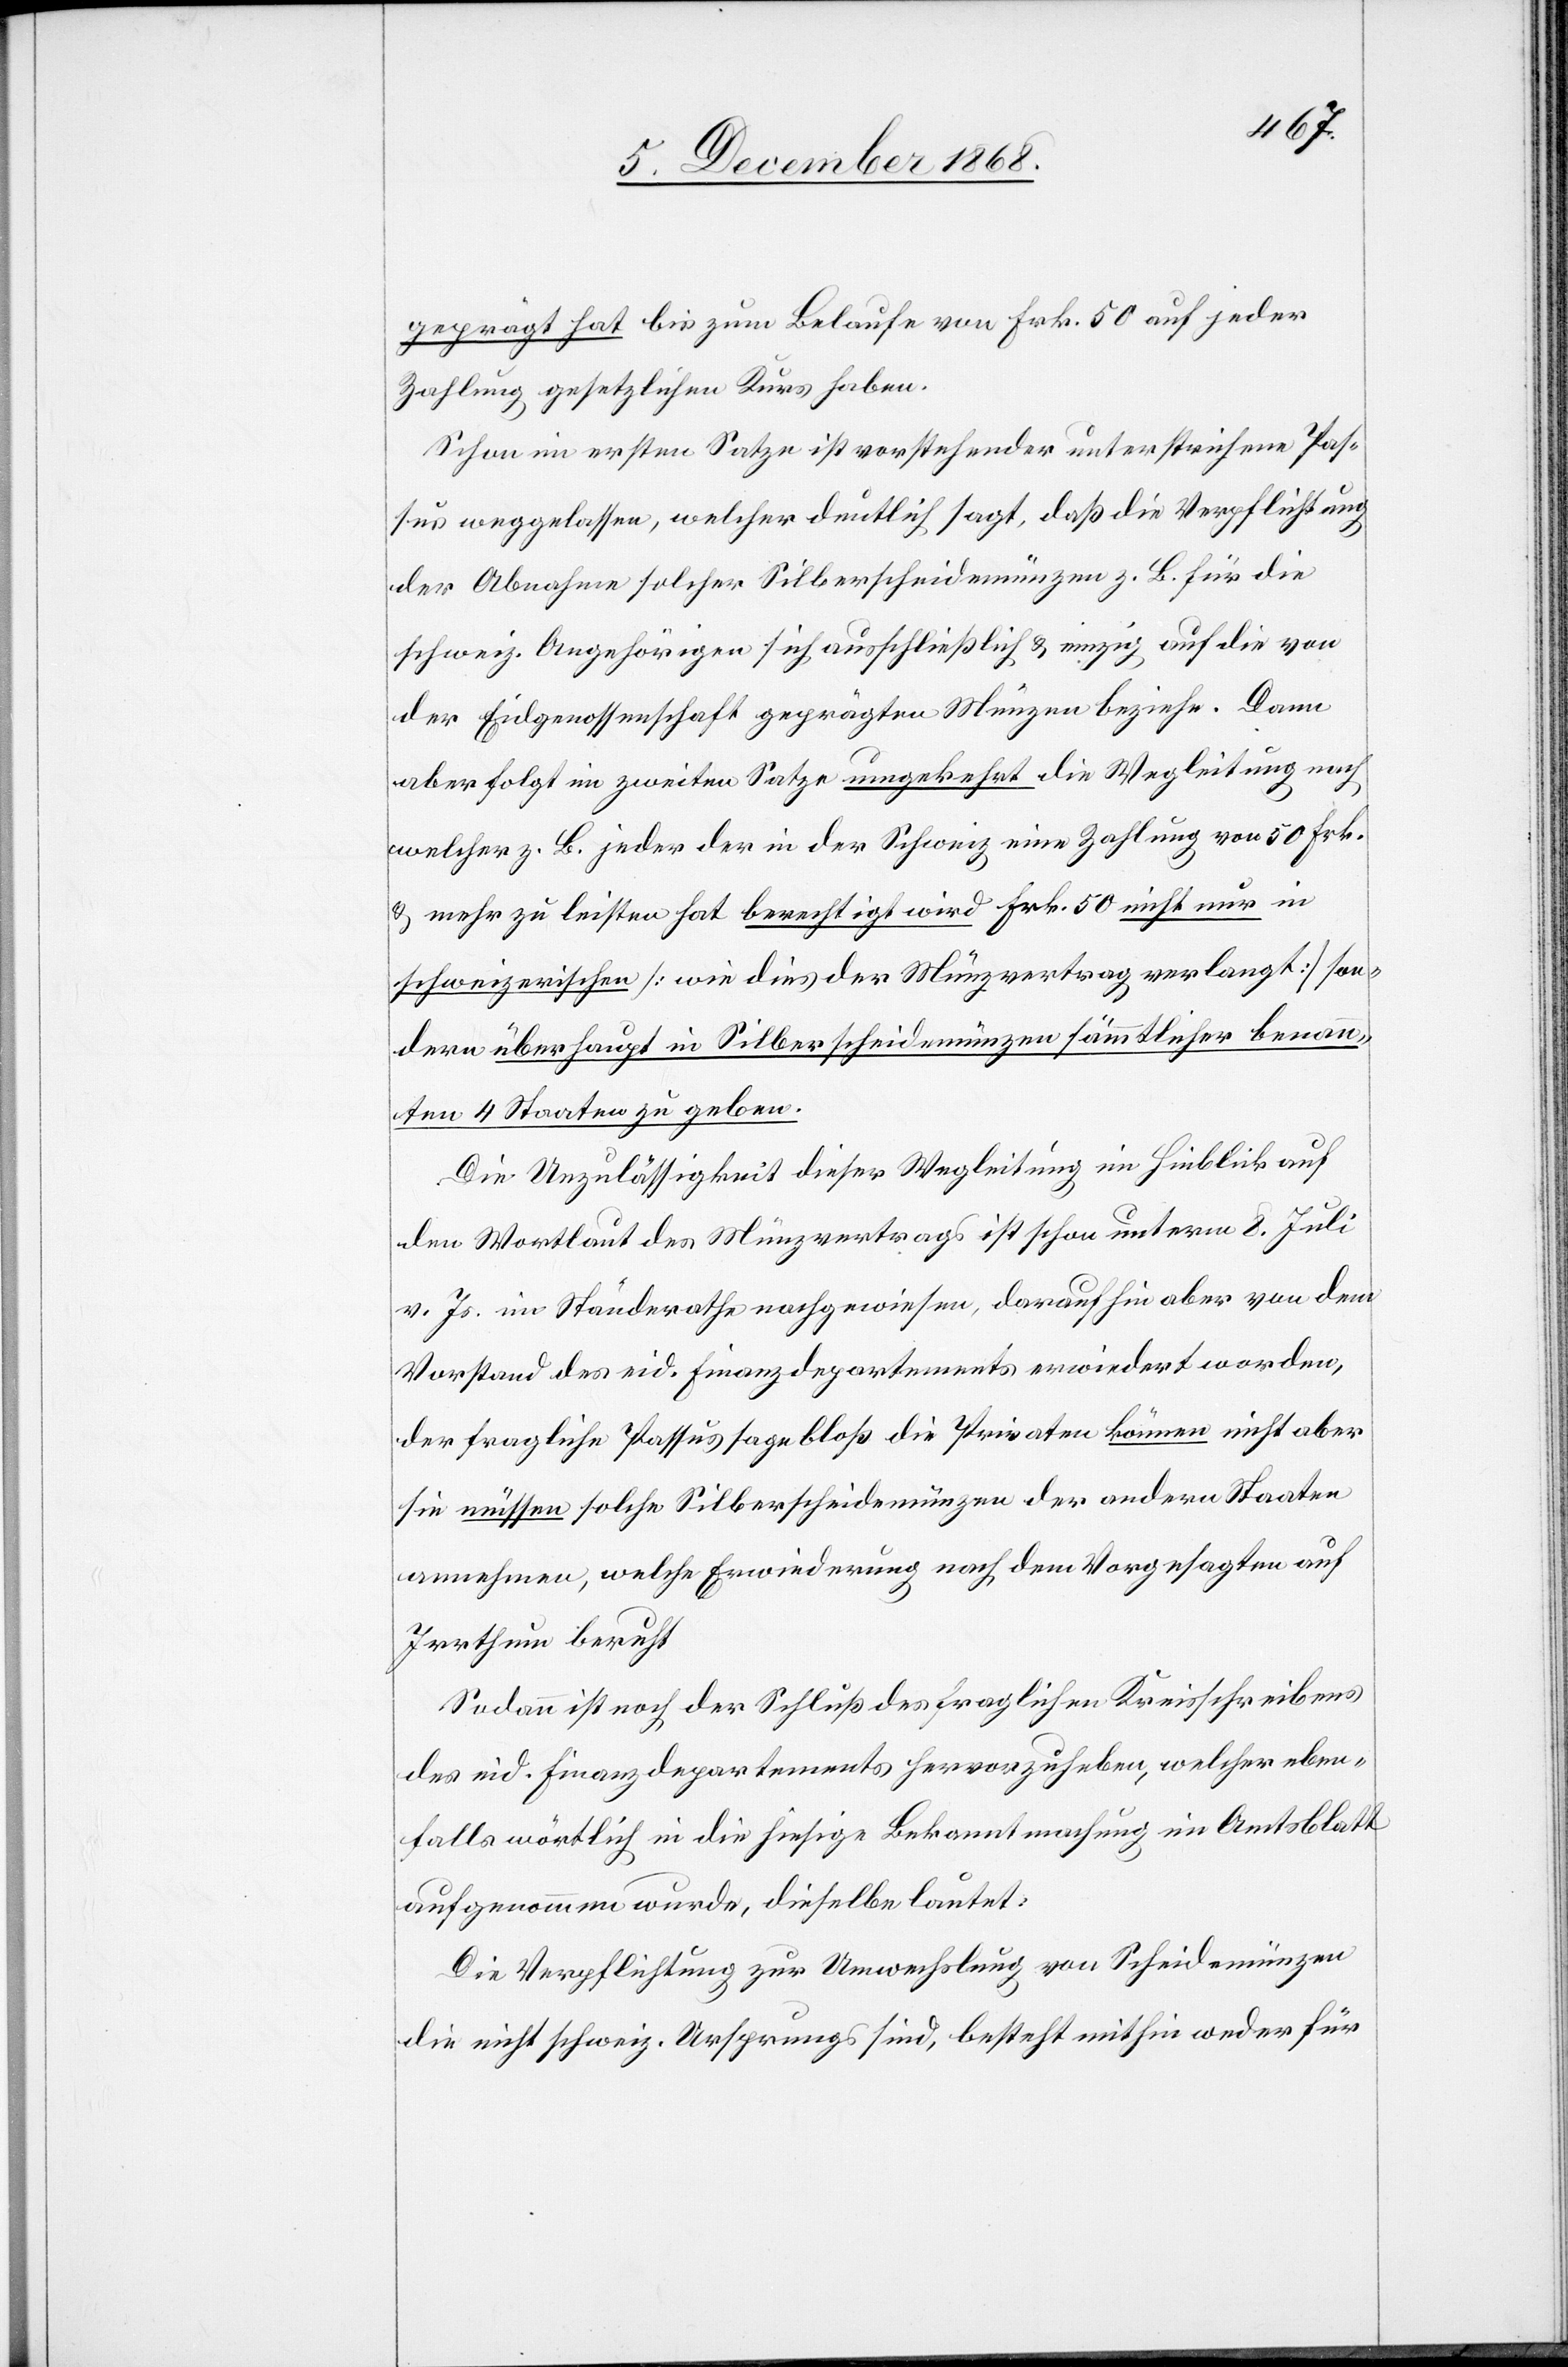
geprägt hat bis zum Belaufe von Frk. 50 auf jeder
Zahlung gesetzlichen Kurs haben.
Schon im ersten Satze ist vorstehender unterstrichene Pas¬
sus weggelassen, welcher deutlich sagt, daß die Verpflichtung
der Abnahme solcher Silberscheidemünzen z. B. für die
schweiz. Angehörigen sich ausschließlich & einzig auf die von
der Eidgenossenschaft geprägten Münzen beziehe. Dann
aber folgt im zweiten Satze umgekehrt die Wegleitung nach
welcher z. B. jeder der in der Schweiz eine Zahlung von 50 Frk.
& mehr zu leisten hat berechtigt wird Frk. 50 nicht nur in
schweizerischen [wie dies der Münzvertrag verlangt] son¬
dern überhaupt in Silberscheidemünzen sämmtlicher benann¬
ten 4 Staaten zu geben.
Die Unzulässigkeit dieser Wegleitung im Hinblick auf
den Wortlaut des Münzvertrags ist schon unterm 8. Juli
v. Js. im Ständerathe nachgewiesen, daraufhin aber von dem
Vorstand des eid. Finanzdepartements erwiedert worden,
der fragliche Passus sage bloß die Privaten können nicht aber
sie müssen solche Silberscheidemünzen der andern Staaten
annehmen, welche Erwiederung nach dem Vorgesagten auf
Irrthum beruht
Sodann ist noch der Schluß des fraglichen Kreisschreibens
des eid. Finanzdepartements hervorzuheben, welcher eben¬
falls wörtlich in die hiesige Bekanntmachung im Amtsblatt
aufgenommen wurde, dieselbe lautet:
Die Verpflichtung zur Umwechslung von Scheidemünzen
die nicht schweiz. Ursprungs sind, besteht mithin weder für